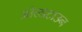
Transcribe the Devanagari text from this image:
ओल्डटाउन